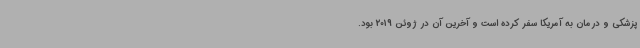
پزشکی و درمان به آمریکا سفر کرده است و آخرین آن در ژوئن 2019 بود.